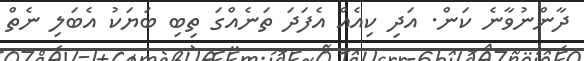
ދާންނުވާނެ ކަން. އަދި ކިއެއްް އެފަދަ ތަނެއްގަ ތިބި ބަޔަކު އެބަލި ނެތް